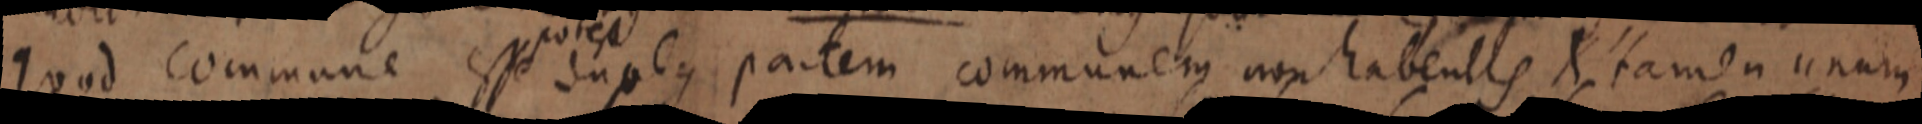
quod commune esse duobus partem communem non habentis X tamen unum